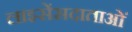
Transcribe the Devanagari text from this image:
लाइसेंसदाताओं